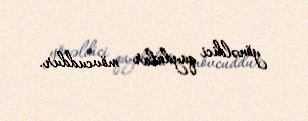
yönəldici qaydalar mövcuddur.